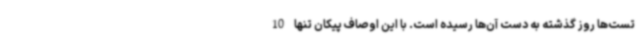
تست‌ها روز گذشته به دست آن‌ها رسیده است. با این اوصاف پیکان تنها 10